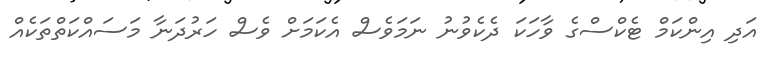
އަދި އިންކަމް ޓެކްސްގެ ވާހަކަ ދެކެވުނު ނަމަވެސް އެކަމަށް ވެސް ހަރުދަނާ މަސައްކަތްތަކެއް